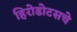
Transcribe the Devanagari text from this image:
हिरोडोटसचे